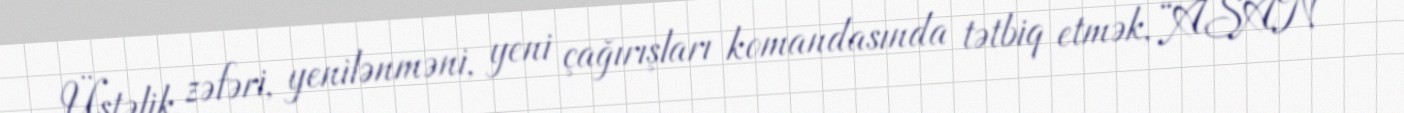
Üstəlik, zəfəri, yenilənməni, yeni çağırışları komandasında tətbiq etmək, “ASAN